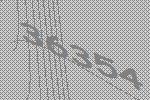
36354